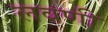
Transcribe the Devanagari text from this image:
लवणी